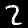
Digit: 2